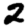
Digit: 2